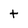
Character: t